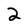
Character: 2